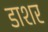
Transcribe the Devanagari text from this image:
डाशर